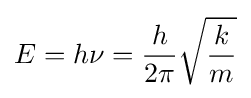
E=h\nu ={h \over {2\pi }}{\sqrt {k \over m}}